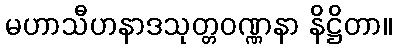
မဟာသီဟနာဒသုတ္တဝဏ္ဏနာ နိဋ္ဌိတာ။